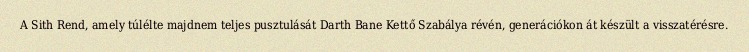
A Sith Rend, amely túlélte majdnem teljes pusztulását Darth Bane Kettő Szabálya révén, generációkon át készült a visszatérésre.